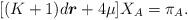
LaTeX: \begin{align*}\lbrack (K+1)d\boldsymbol{r}+4\mu ]X_{A}=\pi _{A}.\end{align*}